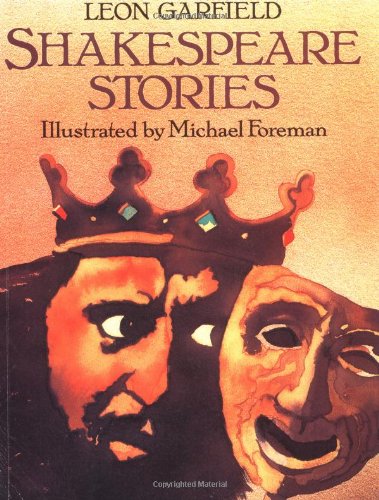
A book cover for Shakespeare Stories; Leon Garfield; Teen & Young Adult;